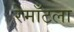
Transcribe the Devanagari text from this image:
रेमाँटला